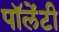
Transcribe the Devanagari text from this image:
पॉलेंटी